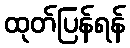
ထုတ်ပြန်ရန်